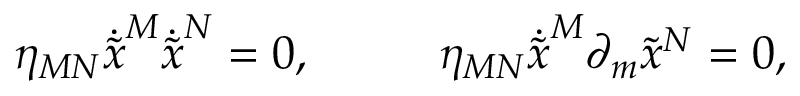
\eta _ { M N } \dot { \tilde { x } } ^ { M } \dot { \tilde { x } } ^ { N } = 0 , ~ ~ ~ ~ ~ ~ ~ ~ \eta _ { M N } \dot { \tilde { x } } ^ { M } \partial _ { m } { \tilde { x } } ^ { N } = 0 ,